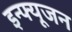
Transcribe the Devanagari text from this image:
इन्फ्यूजन